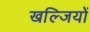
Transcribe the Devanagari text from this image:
खल्जियों